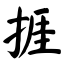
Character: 捱